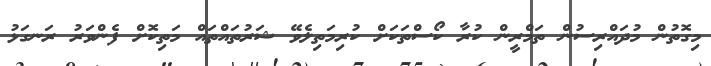
މިގޮތުން މުދައްރިސުން ތަމްރީން ކުރާ ކޯސްތަކަށް ކުރިމަތިލެވޭ ޝަރުތައްތައް މަތިކޮށް ފެންވަރު ރަނގަޅު